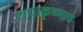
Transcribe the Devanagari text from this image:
राधाकृष्णाचे